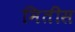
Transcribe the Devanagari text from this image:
मितीस